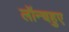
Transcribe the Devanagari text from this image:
लॉन्चहुए